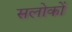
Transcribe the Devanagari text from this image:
सलोकों